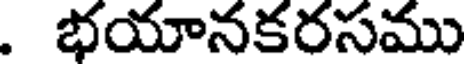
. భయానకరసము